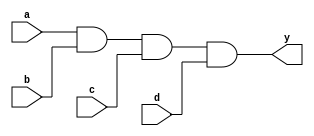
module xup_and4 #(parameter DELAY=3)(
    input a,
    input b,
    input c,
    input d,
    output y
    );
    
    and #DELAY(y,a,b,c,d);
    
endmodule